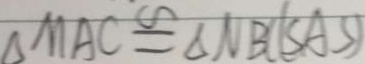
\Delta M A C \cong \Delta N B C ( S A S )